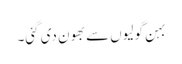
بہن گولیوں سے بھون دی گئی۔